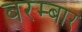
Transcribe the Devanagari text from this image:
बरम्बार